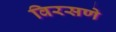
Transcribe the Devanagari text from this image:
विरसणे